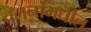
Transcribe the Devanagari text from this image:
चलनांमधील